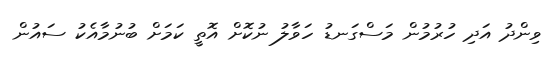
ވިންދު އަދި ހުރުމުން މަސްގަނޑު ހަވާލު ނުކޮށް އޮތީ ކަމަށް ބުނުމާއެކު ސައުން